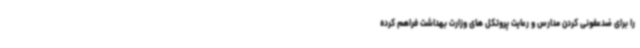
را برای ضدعفونی کردن مدارس و رعایت پروتکل های وزارت بهداشت فراهم کرده